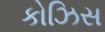
કોઝિસ